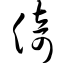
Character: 倚